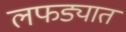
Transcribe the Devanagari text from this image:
लफड्यात